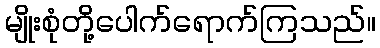
မျိုးစုံတို့ပေါက်ရောက်ကြသည်။